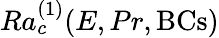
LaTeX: Ra_{c}^{(1)}(E,Pr,\mathrm{BCs})